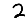
Digit: 2